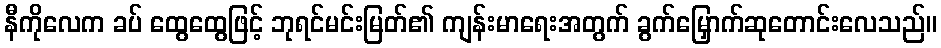
နီကိုလေက ခပ် ထွေထွေဖြင့် ဘုရင်မင်းမြတ်၏ ကျန်းမာရေးအတွက် ခွက်မြှောက်ဆုတောင်းလေသည်။